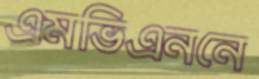
এমভিএননে